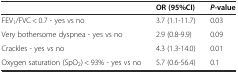
<table><thead><tr><td></td><td><b>OR (95%CI)</b></td><td><b><i>P</i>-value</b></td></tr></thead><tbody><tr><td>FEV<sub>1</sub>/FVC &lt; 0.7 - yes vs no</td><td>3.7 (1.1-11.7)</td><td>0.03</td></tr><tr><td>Very bothersome dyspnea - yes vs no</td><td>2.9 (0.8-9.9)</td><td>0.09</td></tr><tr><td>Crackles - yes vs no</td><td>4.3 (1.3-14.0)</td><td>0.01</td></tr><tr><td>Oxygen saturation (SpO<sub>2</sub>) &lt; 93% - yes vs no</td><td>5.7 (0.6-56.4)</td><td>0.1</td></tr></tbody></table>